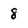
Character: 8